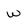
Character: w